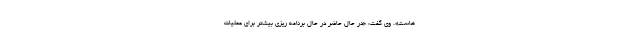
‌هاست». وی گفت: «در حال حاضر در حال برنامه ریزی بیشتر برای عملیات